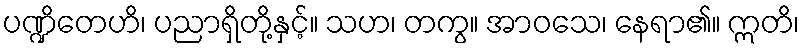
ပဏ္ဍိတေဟိ၊ ပညာရှိတို့နှင့်။ သဟ၊ တကွ။ အာဝသေ၊ နေရာ၏။ ဣတိ၊